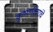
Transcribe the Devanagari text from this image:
कृष्णविवरांचे